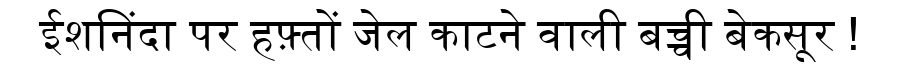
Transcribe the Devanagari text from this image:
ईशनिंदा पर हफ़्तों जेल काटने वाली बच्ची बेकसूर !